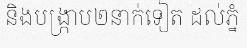
និងបង្ក្រាប២នាក់ទៀត ដល់ភ្នំ